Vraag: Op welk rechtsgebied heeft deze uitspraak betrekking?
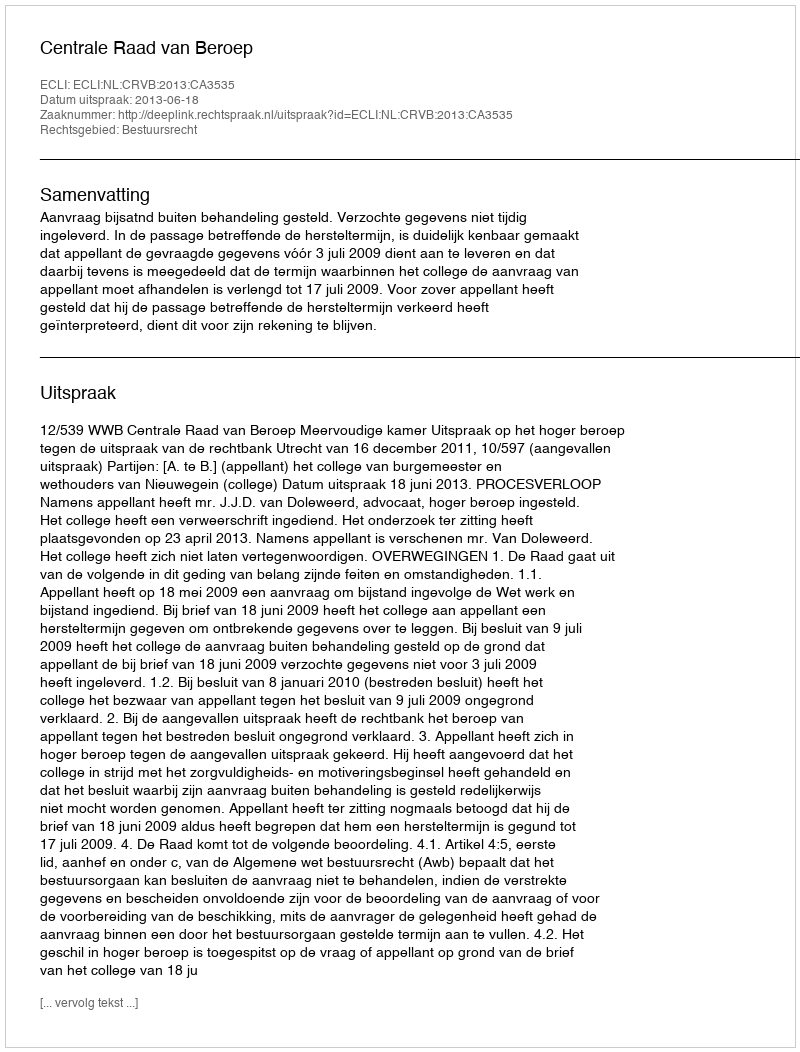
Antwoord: Bestuursrecht